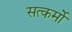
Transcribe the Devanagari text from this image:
सत्कर्मो